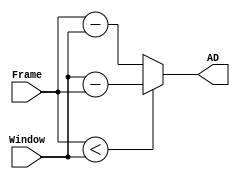
`timescale 1ns / 1ps
//////////////////////////////////////////////////////////////////////////////////
// Company: 
// Engineer: 
// 
// Design Name: 
// Module Name: Abs_Diff_ALU
// Project Name: 
// Target Devices: 
// Tool Versions: 
// Description: 
// 
// Dependencies: 
// 
// Revision:
// Revision 0.01 - File Created
// Additional Comments:
// 
//////////////////////////////////////////////////////////////////////////////////


module Abs_Diff_ALU(Frame, Window, AD);
    input [31:0] Frame, Window;
    output reg [31:0] AD;
    
    always @(*)    
    begin
        if(Frame < Window) begin
            AD <= Window - Frame;
        end
        else begin
            AD <= Frame - Window;
        end
    end

endmodule